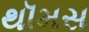
થૉમસ